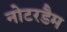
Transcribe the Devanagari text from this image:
नोटरडैम